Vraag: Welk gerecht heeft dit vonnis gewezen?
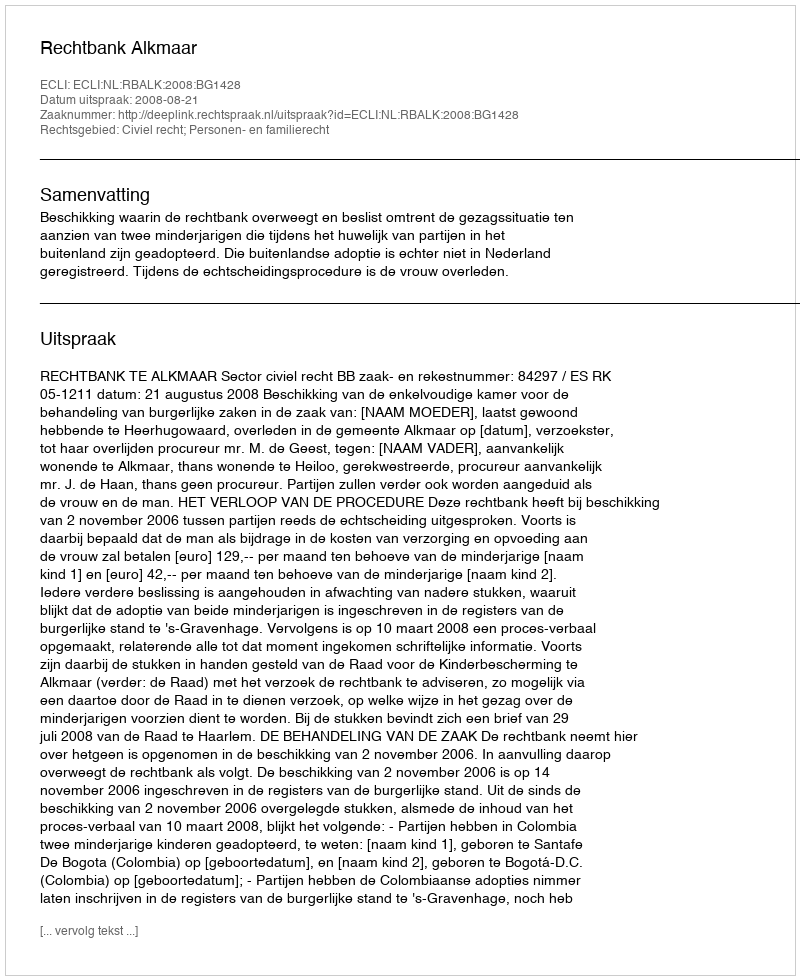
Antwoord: Rechtbank Alkmaar